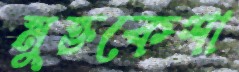
মুক্তকেশা